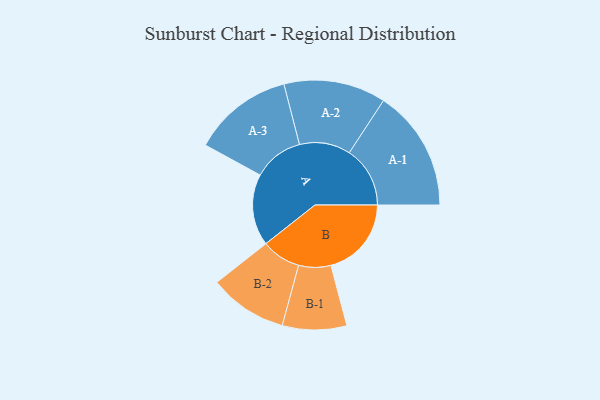
{"axis": {"x": "Segment", "y": "Value"}, "legend": ["", "A", "B"], "data": [{"x": "A", "y": 265, "type": ""}, {"x": "B", "y": 298, "type": ""}, {"x": "A-1", "y": 225, "type": "A"}, {"x": "A-2", "y": 189, "type": "A"}, {"x": "A-3", "y": 186, "type": "A"}, {"x": "B-1", "y": 119, "type": "B"}, {"x": "B-2", "y": 145, "type": "B"}]}